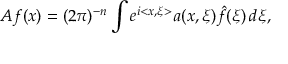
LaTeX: A f ( x ) = ( 2 \pi ) ^ { - n } \int e ^ { i < x , \xi > } a ( x , \xi ) \hat { f } ( \xi ) \, d \xi ,